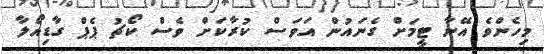
މިހެންވެ އޭނާ ޓީމަށް ގެނައުން އަވަސް ކުރާކަށް ވެސް ކޯޗު ޕެޕް ގާޑިއޯލާ